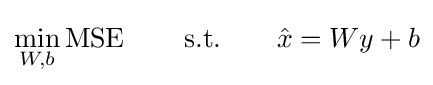
\min _{W,b}\operatorname {MSE} \qquad {\text{s.t.}}\qquad {\hat {x}}=Wy+b